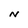
Character: N